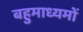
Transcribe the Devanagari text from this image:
बहुमाध्यमों